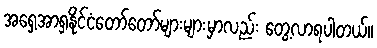
အရှေ့အာရှနိုင်ငံတော်တော်များများမှာလည်း တွေ့လာရပါတယ်။